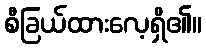
စီခြယ်ထားလေ့ရှိ၏။